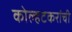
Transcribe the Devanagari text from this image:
कोल्हटकरांची